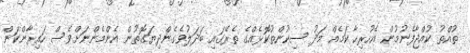
ތުއްތު ކުއްޖާފެނުމުން އެހުރިހާ ކަމެއް މަދު ސިކުންތުކޮޅެއްގެ ތެރޭގައި ބަދަލުވެގެންދިޔަގޮތުން އެންމެންނަށްވެސް ހައިރާންކަން